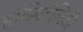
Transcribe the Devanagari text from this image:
होस्पिटॅलिटी